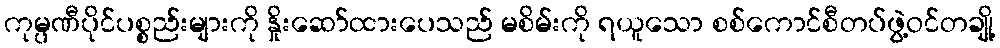
ကုမ္ပဏီပိုင်ပစ္စည်းများကို နှိုးဆော်ထားပေသည် မစိမ်းကို ရယူသော စစ်ကောင်စီတပ်ဖွဲ့ဝင်တချို့